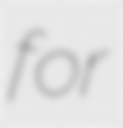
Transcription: for